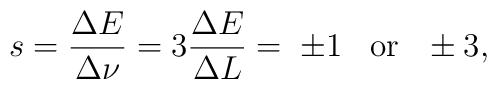
s = \frac{\Delta E}{\Delta \nu} = 3\frac{\Delta E}{\Delta L}= \; \pm 1 \;\;\; \mbox{or} \;\;\,\pm 3,